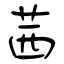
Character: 茜